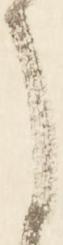
に